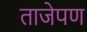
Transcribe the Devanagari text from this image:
ताजेपण